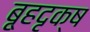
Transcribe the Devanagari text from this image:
बृ्हदृक्ष